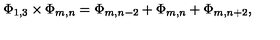
\Phi _ { 1 , 3 } \times \Phi _ { m , n } = \Phi _ { m , n - 2 } + \Phi _ { m , n } + \Phi _ { m , n + 2 } ,